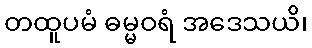
တထူပမံ ဓမ္မဝရံ အဒေသယိ၊